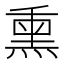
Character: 熏